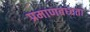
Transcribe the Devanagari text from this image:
प्रमाणबध्दता